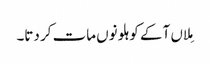
مِلاں آ کے کوہلو نوں مات کر دتا۔